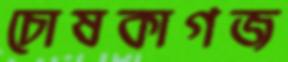
চোষকাগজ